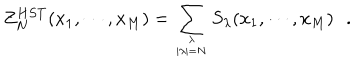
Z _ { N } ^ { H S T } ( x _ { 1 } , \cdots , x _ { M } ) = \sum _ { { \lambda \atop | \lambda | = N } } S _ { \lambda } ( x _ { 1 } , \cdots , x _ { M } ) \, \, \, \, .